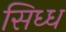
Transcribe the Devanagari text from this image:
सिध्ध